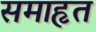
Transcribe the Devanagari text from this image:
समाहृत